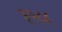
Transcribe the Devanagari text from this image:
३२८८